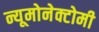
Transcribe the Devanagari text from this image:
न्यूमोनेक्टोमी